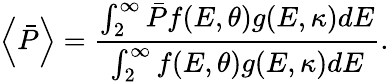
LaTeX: \left\langle{\bar{P}}\right\rangle=\frac{{\int_{2}^{\infty}{\bar{P}f(E,\theta)g(E,\kappa)dE}}}{{\int_{2}^{\infty}{f(E,\theta)g(E,\kappa)dE}}}.